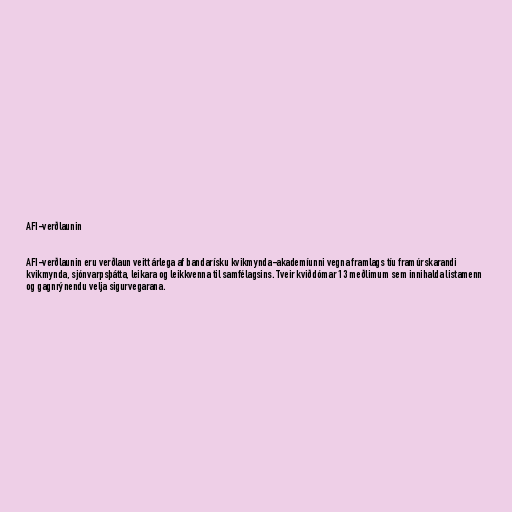
AFI-verðlaunin

AFI-verðlaunin eru verðlaun veitt árlega af bandarísku kvikmynda-akademíunni vegna framlags tíu framúrskarandi
kvikmynda, sjónvarpsþátta, leikara og leikkvenna til samfélagsins. Tveir kviðdómar 13 meðlimum sem innihalda listamenn
og gagnrýnendu velja sigurvegarana.